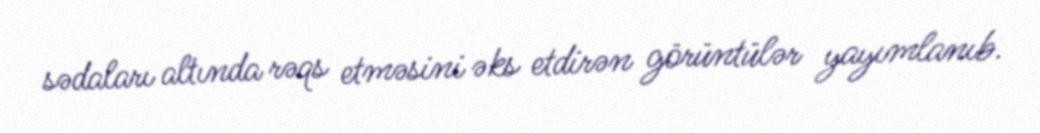
sədaları altında rəqs etməsini əks etdirən görüntülər yayımlanıb.